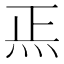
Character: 𱪲